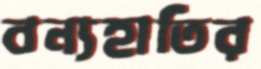
বন্যহাতির